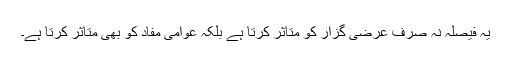
یہ فیصلہ نہ صرف عرضی گزار کو متاثر کرتا ہے بلکہ عوامی مفاد کو بھی متاثر کرتا ہے۔